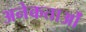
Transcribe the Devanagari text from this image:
अनेकताओं